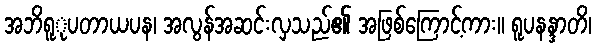
အဘိရူုပတာယပန၊ အလွန်အဆင်းလှသည်၏ အဖြစ်ကြောင့်ကား။ ရူပနန္ဒာတိ၊